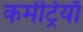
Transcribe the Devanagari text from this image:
कमेंट्रियाँ